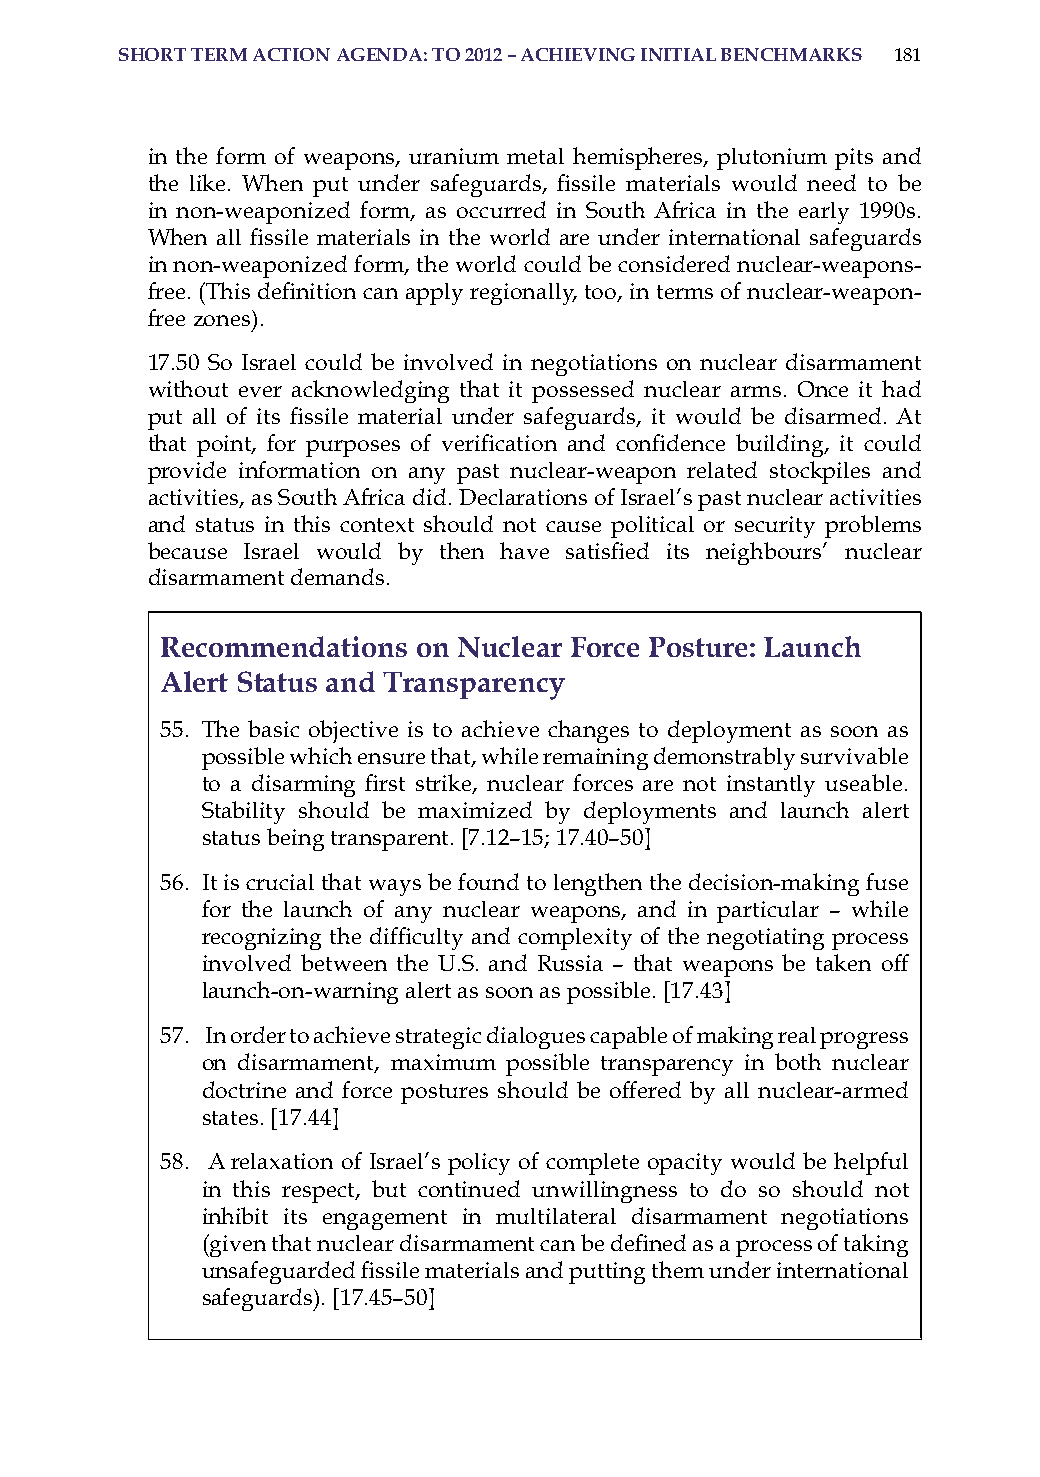
short term action aGenda: to 2012 – achievinG initial Benchmarks 181
 in the form of weapons, uranium metal hemispheres, plutonium pits and
 the like. When put under safeguards, fissile materials would need to be
 in non-weaponized form, as occurred in south africa in the early 1990s.
 When all fissile materials in the world are under international safeguards
 in non-weaponized form, the world could be considered nuclear-weapons-
 free. (This definition can apply regionally, too, in terms of nuclear-weapon-
 free zones).
 17.50 so israel could be involved in negotiations on nuclear disarmament
 without ever acknowledging that it possessed nuclear arms. once it had
 put all of its fissile material under safeguards, it would be disarmed. At
 that point, for purposes of verification and confidence building, it could
 provide information on any past nuclear-weapon related stockpiles and
 activities, as south africa did. Declarations of israel’s past nuclear activities
 and status in this context should not cause political or security problems
 because Israel would by then have satisfied its neighbours’ nuclear
 disarmament demands.
 recommendations  on nuclear force Posture: launch
 alert status and transparency
 55. The basic objective is to achieve changes to deployment as soon as
 possible which ensure that, while remaining demonstrably survivable
 to a disarming first strike, nuclear forces are not instantly useable.
 stability should be maximized by deployments and launch alert
 status being transparent. [7.12–15; 17.40–50]
 56. it is crucial that ways be found to lengthen the decision-making fuse
 for the launch of any nuclear weapons, and in particular – while
 recognizing the difficulty and complexity of the negotiating process
 involved between the U.s. and russia – that weapons be taken off
 launch-on-warning alert as soon as possible. [17.43]
 57. in order to achieve strategic dialogues capable of making real progress
 on disarmament, maximum possible transparency in both nuclear
 doctrine and force postures should be offered by all nuclear-armed
 states. [17.44]
 58. a relaxation of israel’s policy of complete opacity would be helpful
 in this respect, but continued unwillingness to do so should not
 inhibit its engagement in multilateral disarmament negotiations
 (given that nuclear disarmament can be defined as a process of taking
 unsafeguarded fissile materials and putting them under international
 safeguards). [17.45–50]